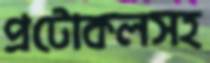
প্রটোকলসহ